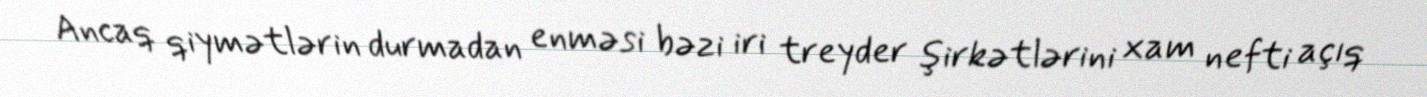
Ancaq qiymətlərin durmadan enməsi bəzi iri treyder şirkətlərini xam nefti açıq